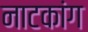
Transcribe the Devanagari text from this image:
नाटकांग